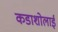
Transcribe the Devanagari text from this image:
कडाशोलाई